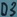
Text: D3